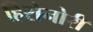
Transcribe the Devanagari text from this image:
हिरोनोरी